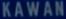
KAWAN